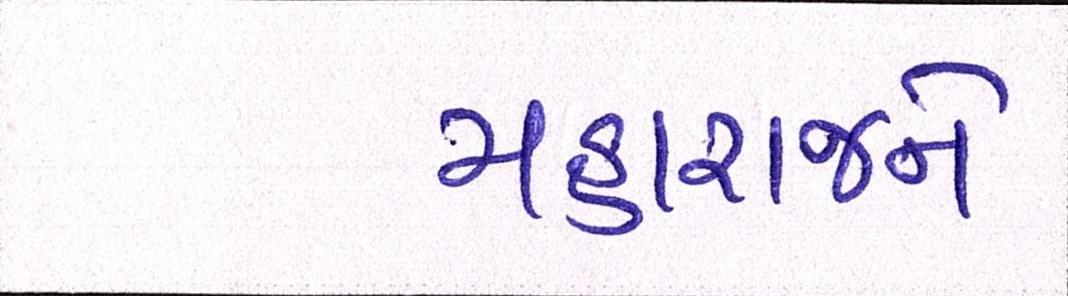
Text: મહારાજને